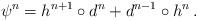
LaTeX: \begin{align*} \psi^n = h^{n+1} \circ d^n + d^{n-1} \circ h^n\,. \end{align*}